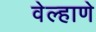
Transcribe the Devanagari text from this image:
वेल्हाणे